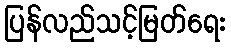
ပြန်လည်သင့်မြတ်ရေး